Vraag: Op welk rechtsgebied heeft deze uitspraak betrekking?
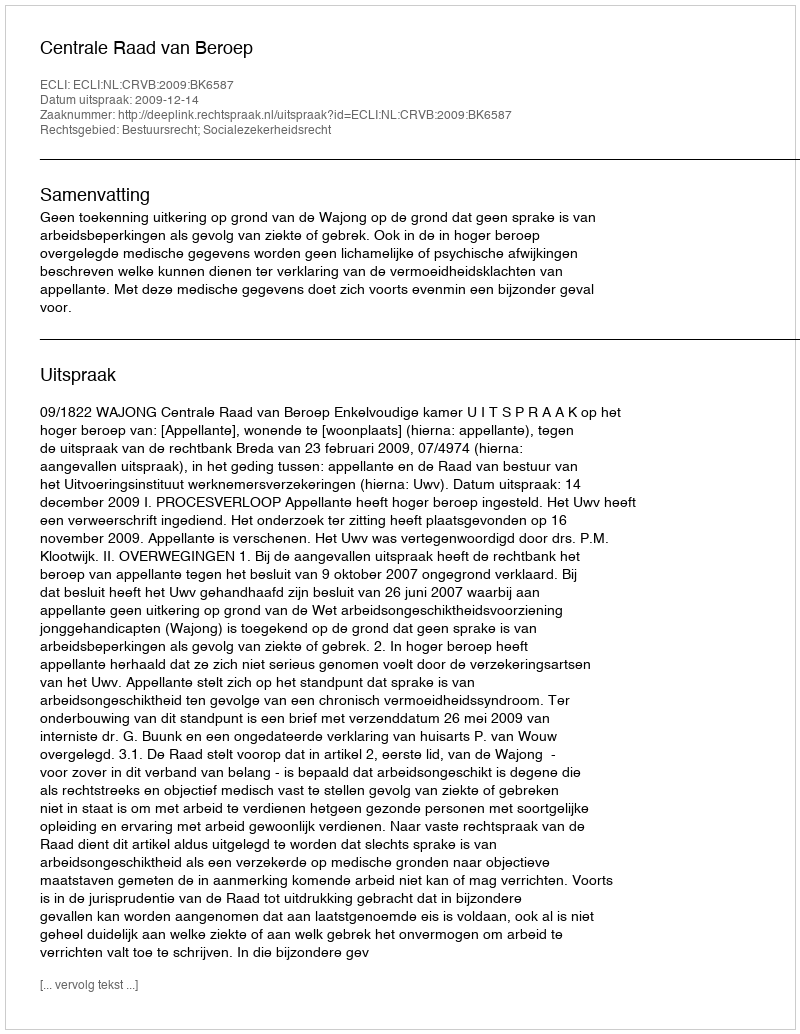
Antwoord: Bestuursrecht; Socialezekerheidsrecht